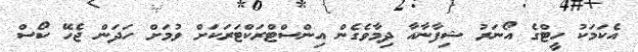
އެކަމަކު ހީޓްގެ އޯނަރު ޝިފާނާއާ ދިމާވެގެން އިންސްޓްރަކްޓަރަކަށް ވުމަށް ހަދަން ޖެހޭ ކޯސް